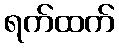
ရက်ထက်